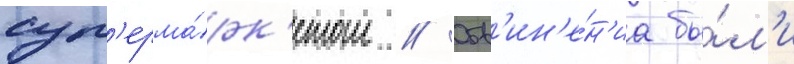
суп'ерма́рк'етом // Обв'ин'е́н'иа бы́л'и